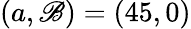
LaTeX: (a,\mathscr{B})=(45,0)